Indian journal of veterinary science and animal husbandry - Volume 13,
Year: 1943
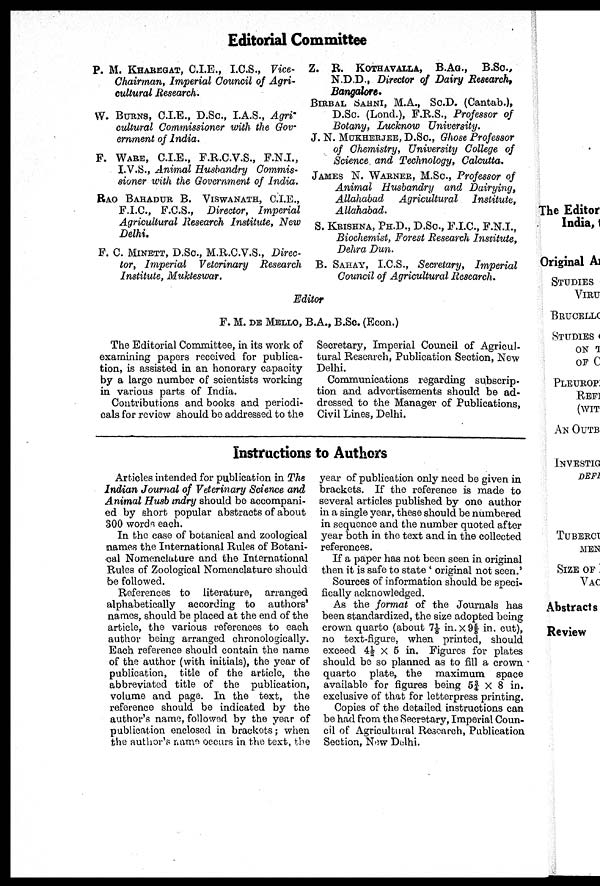
Editorial Committee
P. M. KHAREGAT, C.I.E., I.C.S., Vice¬
Chairman, Imperial Council of Agri-
cultural Research.
W. BURNS, C.I.E., D.Sc., I.A.S., Agri-
cultural Commissioner with the Gov-
ernment of India.
F. WARE, C.I.E., F.R.C.V.S., F.N.I.,
I.V.S., Animal Husbandry
Commis-
sioner with the Government of India.
RAO BAHADUR B. VISWANATH, C.I.E.,
F.I.C., F.C.S., Director,
Imperial
Agricultural Research Institute, New
Delhi.
F. C. MINETT, D.SC., M.R.C.V.S., Direc-
tor, Imperial
Veterinary
Research
Institute, Mukteswar.
Z. R. KOTHAVALLA, B.AG.,
B.Sc.,
N.D.D., Director of Dairy Research,
Bangalore.
BIRBAL SAHNI, M.A., Sc.D. (Cantab.),
D.Sc. (Lond.), F.R.S., Professor of
Botany, Lucknow
University.
J. N. MUKHERJEE, D.SC., Ghose Professor
of Chemistry, University College of
Science. and Technology, Calcutta.
JAMES N. WARNER, M.SC., Professor of
Animal
Husbandry and Dairying,
Allahabad
Agricultural
Institute,
Allahabad.
S. KRISHNA, PH.D., D.SC, F.I.C, F.N.I.,
Biochemist, Forest Research Institute,
Dehra Dun.
B. SAHAY, I.C.S., Secretary,
Imperial
Council of Agricultural Research.
Editor
F. M. DE MELLO, B.A., B.Sc. (Econ.)
The Editorial Committee, in its work of
examining papers received for publica
tion, is assisted in an honorary capacity
by a large number of scientists working
in various parts of India.
Contributions and books and periodi
cals for review should be addressed to the
Secretary, Imperial Council of Agricul
tural Research, Publication Section, New
Delhi.
Communications regarding subscrip
tion and advertisements should be ad
dressed to the Manager of Publications,
Civil Lines, Delhi.
Instructions to Authors
Articles intended for publication in The
Indian Journal of Veterinary Science and
Animal Husbandry should be accompani
ed by short popular abstracts of about
300 words each.
In the case of botanical and zoological
names the International Rules of Botani
cal Nomenclature and the International
Rules of Zoological Nomenclature should
be followed.
References to literature, arranged
alphabetically according to authors'
names, should be placed at the end of the
article, the various references to each
author being arranged chronologically.
Each reference should contain the name
of the author (with initials), the year of
publication, title of the article, the
abbreviated title of the publication,
volume and page. In the text, the
reference should be indicated by the
author's name, followed by the year of
publication enclosed in brackets; when
the author's name occurs in the text, the
year of publication only need be given in
brackets. If the reference is made to
several articles published by one author
in a single year, these should be numbered
in sequence and the number quoted after
year both in the text and in the collected
references.
If a paper has not been seen in original
then it is safe to state ' original not seen.'
Sources of information should be speci
fically acknowledged.
As the format of the Journals has
been standardized, the size adopted being
crown quarto (about 7⅛ in. ×9 ⅝ in. cut),
no text-figure, when printed, should
exceed 4½ × 5 in. Figures for plates
should be so planned as to fill a crown
quarto plate, the maximum space
available for figures being 5¾ × 8 in.
exclusive of that for letterpress printing.
Copies of the detailed instructions can
be had from the Secretary, Imperial Coun
cil of Agricultural Research, Publication
Section, New Delhi.